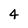
Character: 4